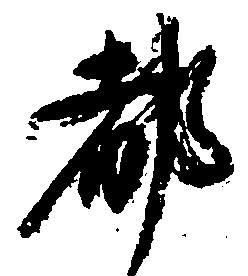
都